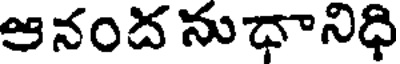
ఆనంద నుధానిధి